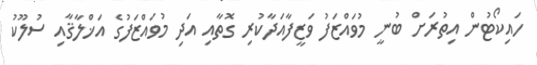
ހައިކޯޓުން އިތުރަށް ބުނީ މުވައްޒަފު ވަޒީފާއަދާކުރި ގޮތާއި އަދި މުވައްޒަފުގެ އަޚްލާޤާއި ސުލޫކު